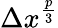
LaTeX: \Delta x^{\frac{p}{3}}